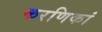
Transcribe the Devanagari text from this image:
करणिकां